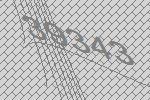
39343